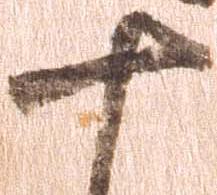
十